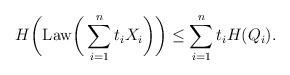
LaTeX: \begin{align*}H\bigg( \mathrm{Law} \bigg( \sum_{i=1}^n t_i X_i\bigg)\bigg) \le \sum_{i=1}^n t_i H( Q_i).\end{align*}